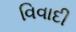
વિવાદી